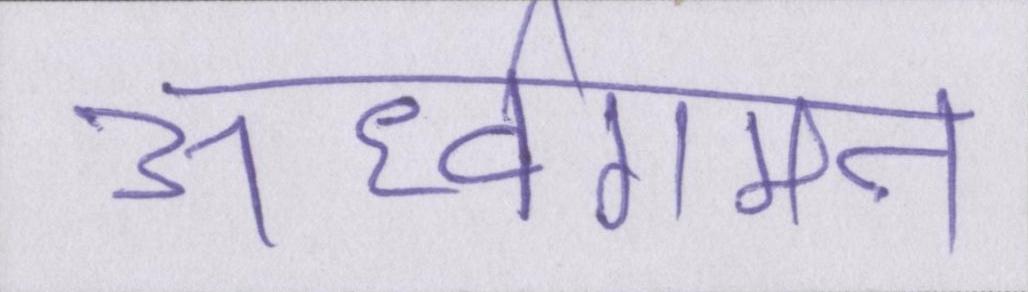
ऊर्ध्वगमन